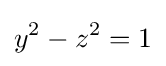
y^{2}-z^{2}=1